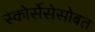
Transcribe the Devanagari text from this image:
स्कोर्सेसेसोबत